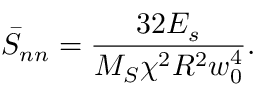
\bar { S } _ { n n } = \frac { 3 2 E _ { s } } { M _ { S } \chi ^ { 2 } R ^ { 2 } w _ { 0 } ^ { 4 } } .